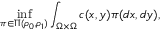
\operatorname* { i n f } _ { \pi \in \Pi ( \rho _ { 0 } , \rho _ { 1 } ) } \int _ { \Omega \times \Omega } c ( x , y ) \pi ( d x , d y ) ,